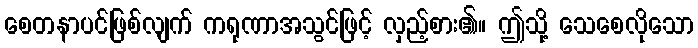
စေတနာပင်ဖြစ်လျက် ကရုဏာအသွင်ဖြင့် လှည့်စား၏။ ဤသို့ သေစေလိုသော